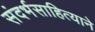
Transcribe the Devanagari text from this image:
संदर्भसाहित्याने